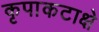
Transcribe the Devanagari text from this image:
कृपाकटाक्षे